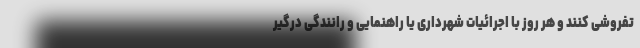
تفروشی کنند و هر روز با اجرائیات شهرداری یا راهنمایی و رانندگی درگیر